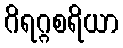
ဂိရဂ္ဂစရိယာ